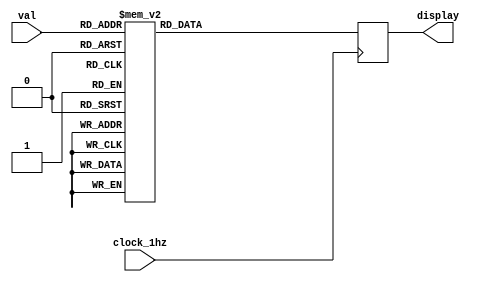
module conf_7seg_out(clock_1hz,val,display);

input clock_1hz;
input [3:0]val;
output [6:0]display;

reg [6:0] def;

initial def = 7'b11111111;

assign display = def;

always @(negedge clock_1hz)
	begin
			
		case(val)          //  6543210
			4'b0000 : def =  7'b1000000; //0
			4'b0001 : def =  7'b1111001; //1
			4'b0010 : def =  7'b0100100; //2
			4'b0011 : def =  7'b0110000; //3
			4'b0100 : def =  7'b0011001; //4
			4'b0101 : def =  7'b0010010; //5
			4'b0110 : def =  7'b0000010; //6
			4'b0111 : def =  7'b1011000; //7
			4'b1000 : def =  7'b0000000; //8
			4'b1001 : def =  7'b0011000; //9
			default : def =  7'b1000000; //0
			
		endcase
	end
/*
--         0
	--     ---  
	--  5 |   | 1
	--     ---   <- 6
	--  4 |   | 2
	--     ---
	--      3

*/


endmodule